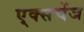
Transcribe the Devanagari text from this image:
ए्क्सचेंज